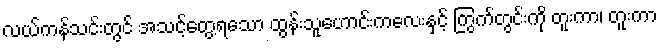
လယ်ကန်သင်းတွင် အသင့်တွေ့ရသော ထွန်းသူဟောင်းကလေးနှင့် ကြွက်တွင်းကို တူးကာ၊ တူးကာ